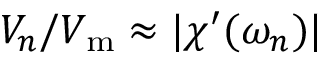
V _ { n } / V _ { \mathrm { m } } \approx | \chi ^ { \prime } ( \omega _ { n } ) |